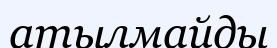
атылмайды